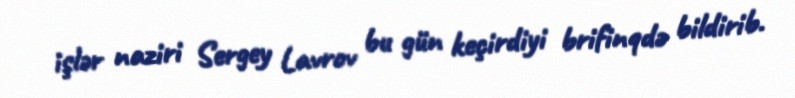
işlər naziri Sergey Lavrov bu gün keçirdiyi brifinqdə bildirib.